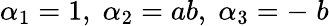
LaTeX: \alpha_{1}=1,\; \alpha_{2}=ab,\; \alpha_{3}=-\; b